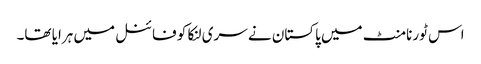
اس ٹورنامنٹ میں پاکستان نے سری لنکا کو فائنل میں ہرایا تھا۔